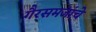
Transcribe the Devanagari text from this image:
गैरसमजांचे